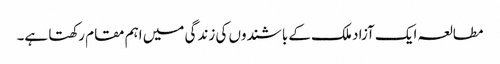
مطالعہ ایک آزاد ملک کے باشندوں کی زندگی میں اہم مقام رکھتا ہے۔